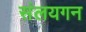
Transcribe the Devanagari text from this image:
संलयगन